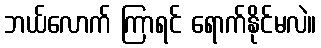
ဘယ်လောက် ကြာရင် ရောက်နိုင်မလဲ။